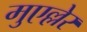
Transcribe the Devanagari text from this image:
मुएल्लेर